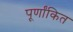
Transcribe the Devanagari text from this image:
पूर्णांकित